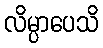
လိမ္ပာပေသိ